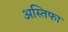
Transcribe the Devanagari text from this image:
अस्तिफा